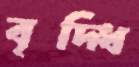
বৃদ্ধি